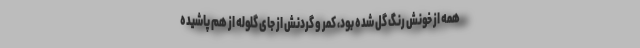
همه از خونش رنگ گُل شده بود، کمر و گردنش از جای گلوله از هم پاشیده